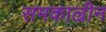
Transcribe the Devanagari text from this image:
समकाल्रीन